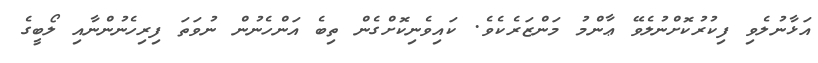
އަޅާނުލެވި ފިކުރުކޮށްނުލެވޭ ޢާންމު މަންޒަރެކެވެ. ކައިވެނިކޮށްގެން ތިބެ އަންހެނުން ނުވަތަ ފިރިހެނުންނާއި ލޯބީގެ